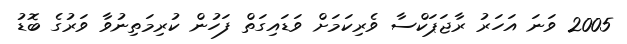
2005 ވަނަ އަހަރު ރާޖަޕަކްސާ ވެރިކަމަށް ވަޑައިގަތް ފަހުން ކުރިމަތިނުވާ ވަރުގެ ބޮޑު